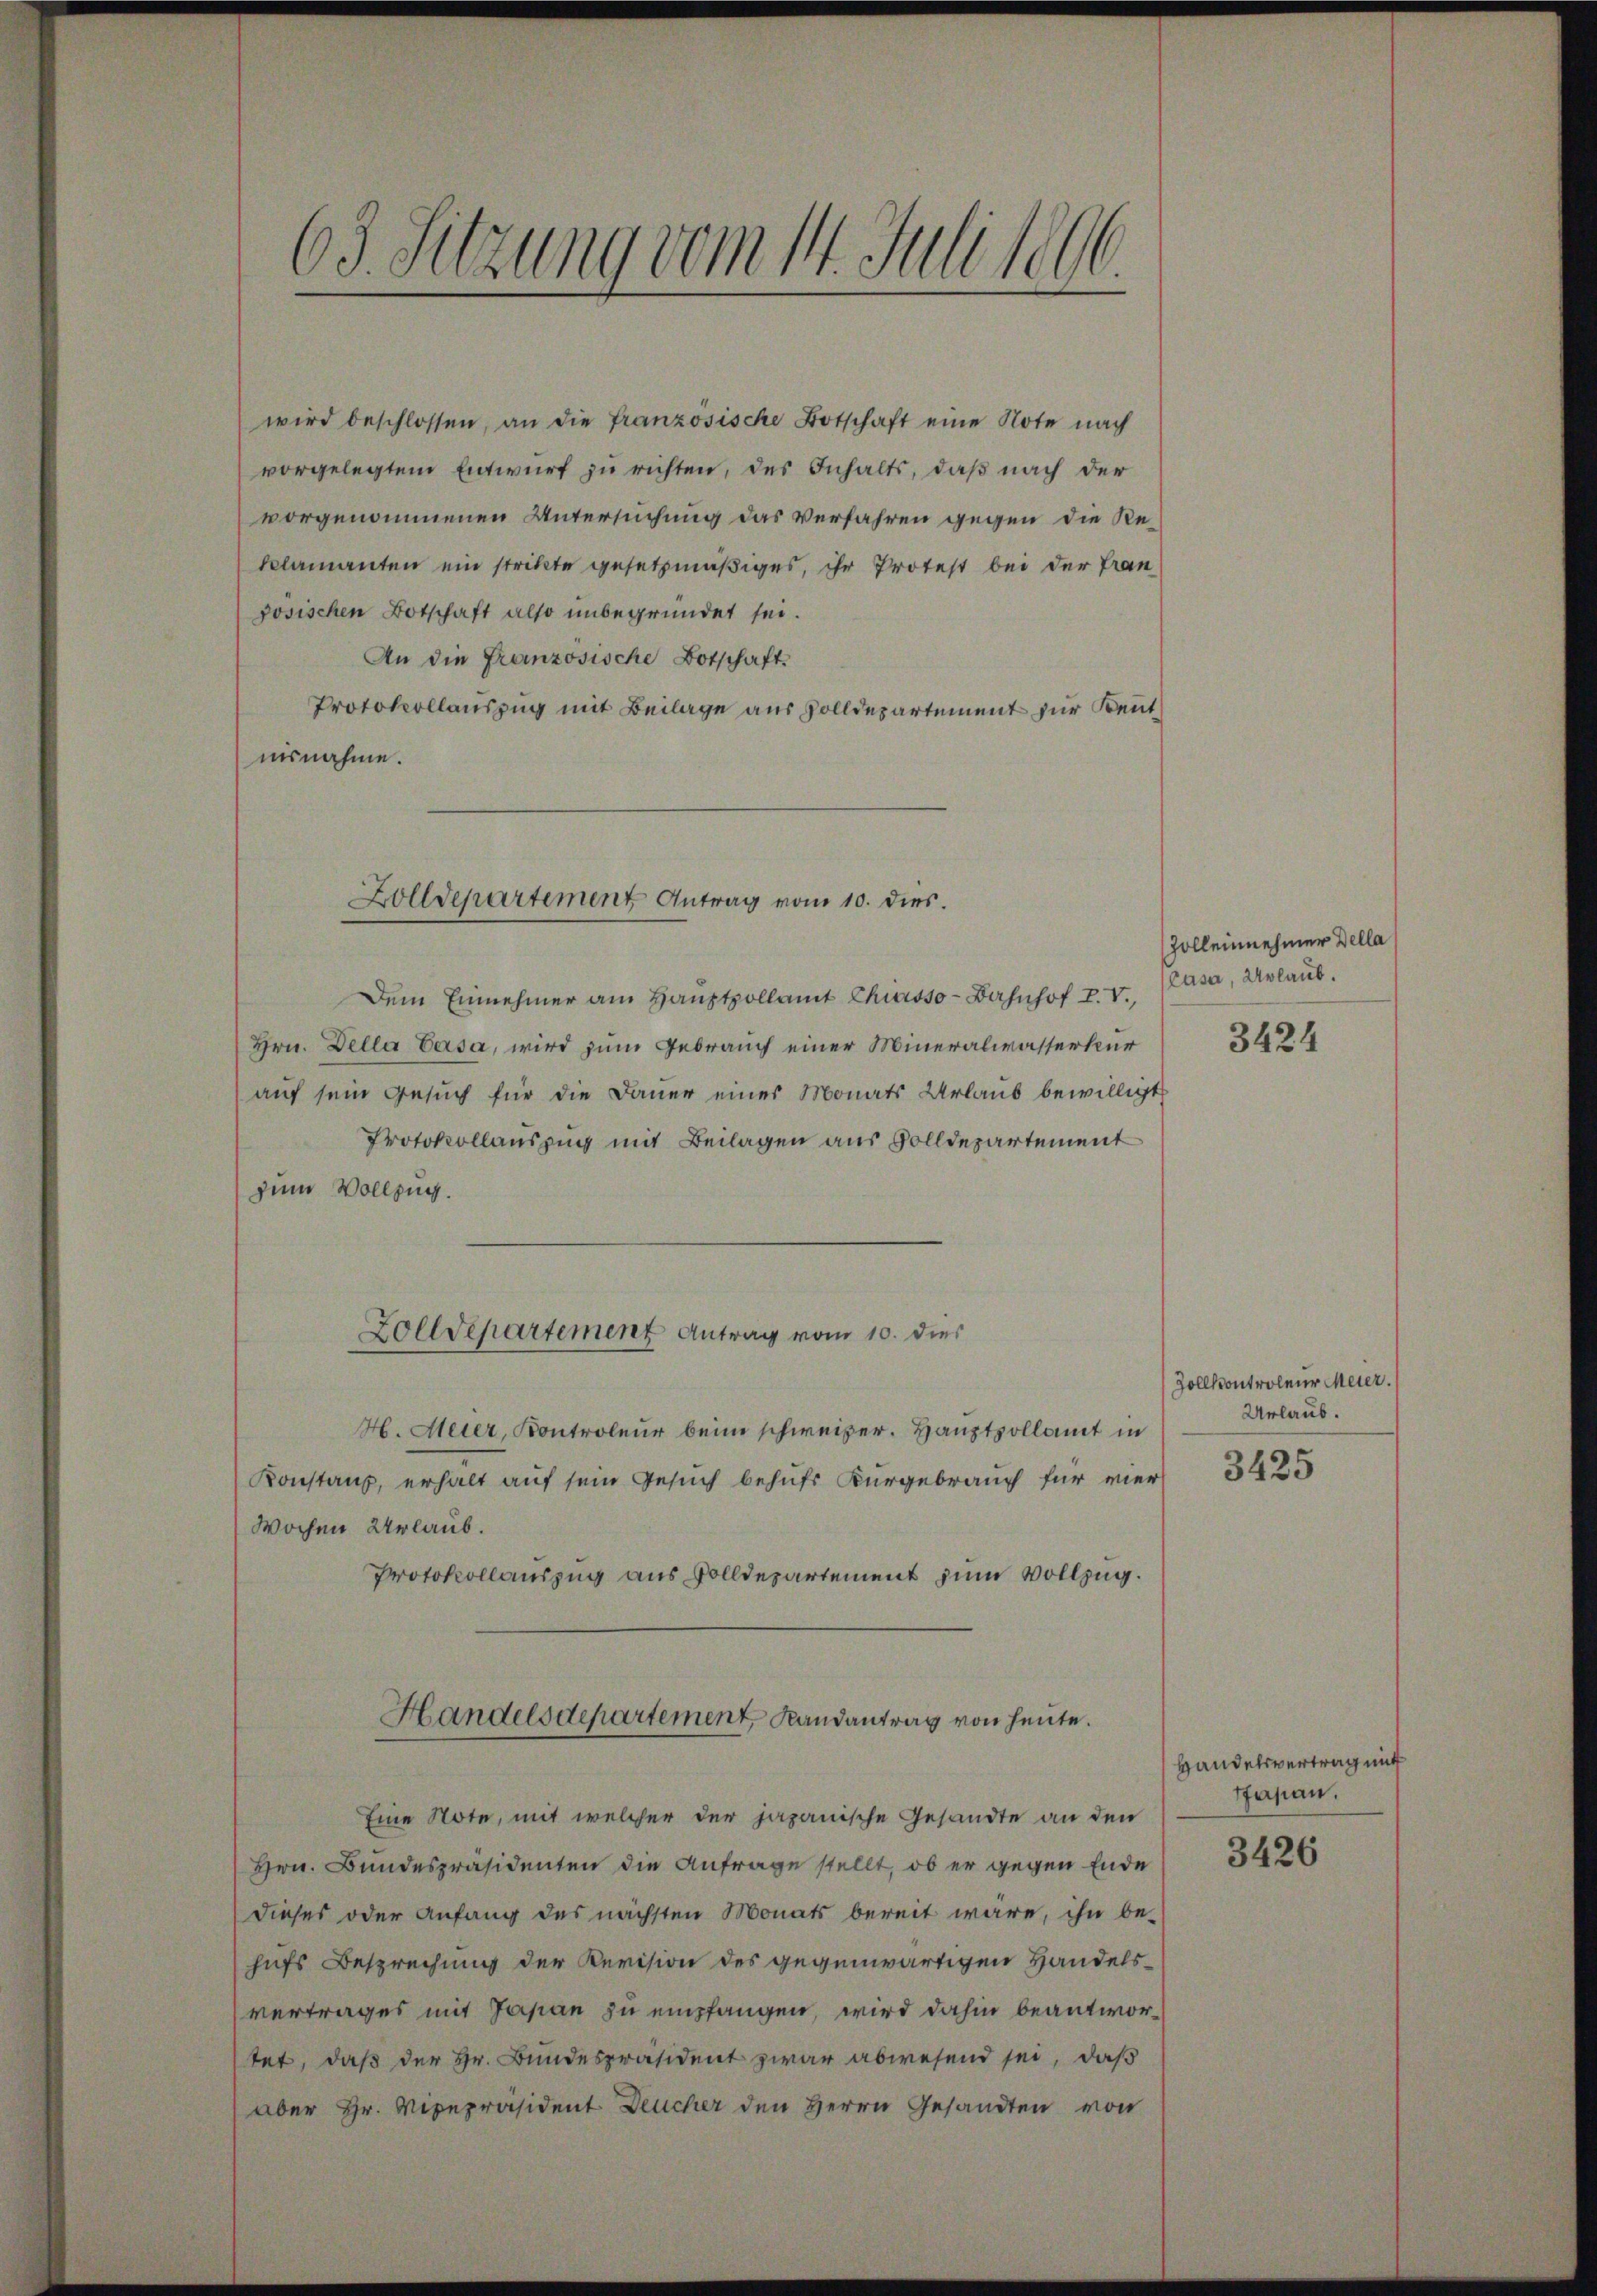
wird beschlossen, an die französische Botschaft eine Note nach
vorgelegtem Entwurf zu richten, des Inhalts, daß nach der
vorgenommenen Untersuchung das Verfahren gegen die Reklamanten ein stritte gesetzmäßiges, ihr Protest bei der Fran
josischen Botschaft also unbegründet sei.
An die Französische Botschaft
Protokollauszug mit Beilage aus Zolldepartement zur Kenntiusnahme.
Dem Einnehmer am Hauptpollamt Chiasso- Bahnhof I. V.,
Hrn. Della Casa, wird zum Gebrauch einer Mineralwasserkur
auf sein Gesuch für die Dauer eines Monats Urlaub bewilligt
Protokollauszug mit Beilagen aus Solldepartement
zum Vollzug.
Zolldepartement Antrag vom 10. dies
H. Meier, Kontroleur beim schweizer. Hauptpollamt in
Konstanz, erhalt auf sein Gesuch behufs Kurgebrauch für vier
Wochen Urlaub.
Protokollauszug aus Volldepartement zum Vollzug.
Handelsdepartement, Randantrag von heute.
Eine Note, mit welcher der japanische Gesandte an den
Hrn. Bundespräsidenten die Anfrage stellt, ob er gegen Ende
dieses oder Anfang des nächsten Monats bereit wäre, ihn be-
hufs Besprechung der Revision des gegenwärtigen Handelsvertrages mit Japan zu empfangen, wird dahin beantwortet, daß der Hr. Bundespräsident zwar abwesend sei, daß
aber Hr. Vicepräsident Deucher den Herrn Gesandten von

63. Sitzung vom 14. Juli 1896.

Zolldepartement Antrag vom 10. dies.

Zolleinnehmer Della
Casa, Urlaub.

3424

Zollkontroleur Meier.
Urlaub.
3425

Handelsvertrag mit
Pfasan.

3426